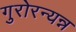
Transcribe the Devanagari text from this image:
गुरोरन्यन्न